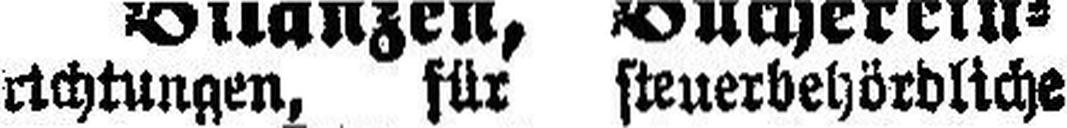
richtungen, für steuerbehördliche